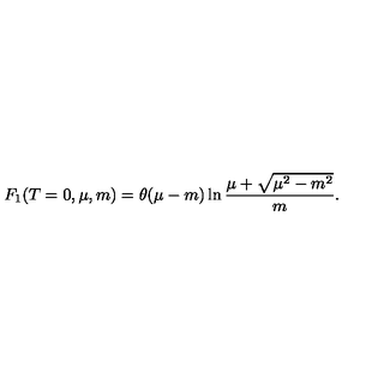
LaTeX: F _ { 1 } ( T = 0 , \mu , m ) = \theta ( \mu - m ) \ln \frac { \mu + \sqrt { \mu ^ { 2 } - m ^ { 2 } } } { m } .